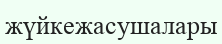
жүйкежасушалары